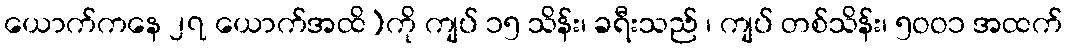
ယောက်ကနေ ၂၇ ယောက်အထိ)ကို ကျပ် ၁၅ သိန်း၊ ခရီးသည် ၊ ကျပ် တစ်သိန်း၊ ၅ဝဝ၁ အထက်